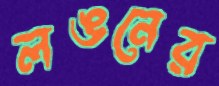
লঙনের